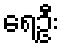
ရေဦး